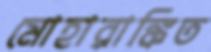
মোহারাঙ্কিত